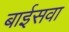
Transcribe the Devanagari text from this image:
बाईसवा